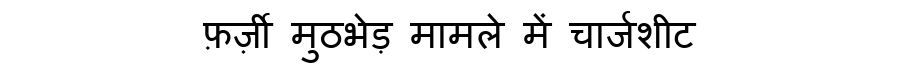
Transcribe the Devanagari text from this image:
फ़र्ज़ी मुठभेड़ मामले में चार्जशीट